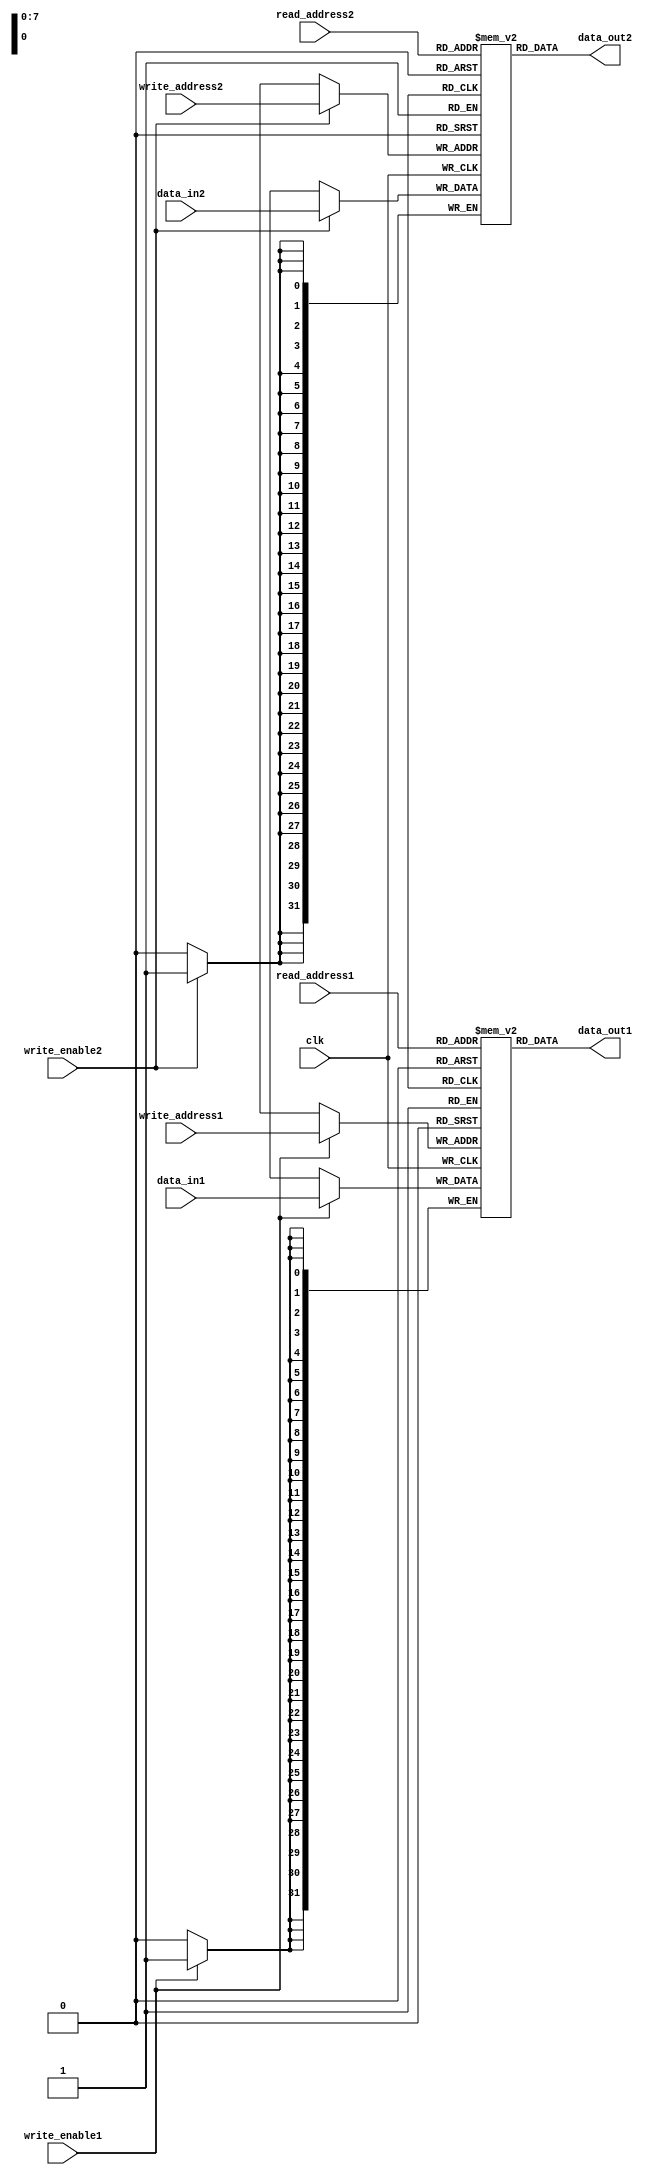
module dual_port_register_file(
    input wire clk,
    input wire write_enable1, write_enable2,
    input wire [7:0] write_address1, write_address2,
    input wire [7:0] read_address1, read_address2,
    input wire [31:0] data_in1, data_in2,
    output wire [31:0] data_out1, data_out2
);

reg [31:0] mem_block_0 [255:0];
reg [31:0] mem_block_1 [255:0];

always @(posedge clk) begin
    if(write_enable1) begin
        mem_block_0[write_address1] <= data_in1;
    end
    if(write_enable2) begin
        mem_block_1[write_address2] <= data_in2;
    end
end

assign data_out1 = mem_block_0[read_address1];
assign data_out2 = mem_block_1[read_address2];

endmodule